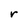
Character: r